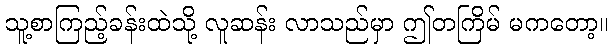
သူ့စာကြည့်ခန်းထဲသို့ လူဆန်း လာသည်မှာ ဤတကြိမ် မကတော့။